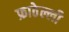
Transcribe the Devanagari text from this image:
फ्राठेल्ली